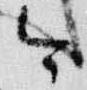
今